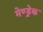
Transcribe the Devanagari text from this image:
मेण्ड्रेक